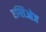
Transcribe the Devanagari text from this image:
एग्लिओज